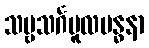
သဗ္ဗသင်္ဂမူလဗန္ဓနာ